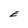
Character: E